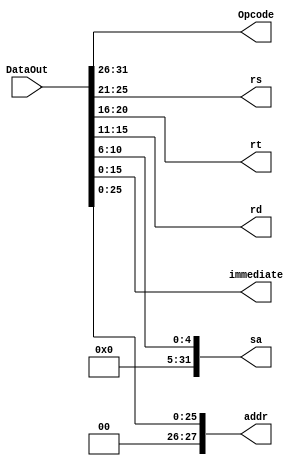
`timescale 1ns / 1ps
//////////////////////////////////////////////////////////////////////////////////
// Company: 
// Engineer: 
// 
// Design Name: 
// Module Name: Instruction
// Project Name: 
// Target Devices: 
// Tool Versions: 
// Description: 
// 
// Dependencies: 
// 
// Revision:
// Revision 0.01 - File Created
// Additional Comments:
// 
//////////////////////////////////////////////////////////////////////////////////


module Instruction(DataOut,Opcode,rs,rt,rd,sa,immediate,addr);
    input [31:0] DataOut;
    output [5:0] Opcode;
    output [4:0] rs;
    output [4:0] rt;
    output [4:0] rd;
    output [31:0] sa;
    output [15:0] immediate;
    output [27:0] addr;
    
    
    
    assign Opcode [5:0] = DataOut[31:26];
    assign rs [4:0] = DataOut [25:21];
    assign rt [4:0] = DataOut [20:16];
    assign rd [4:0] = DataOut [15:11];
    assign sa [4:0] = DataOut [10:6];
    assign sa [31:5] = 0;
    assign immediate [15:0] = DataOut [15:0];
    assign addr = DataOut [25:0];
    
endmodule